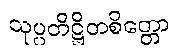
သုပ္ပတိဋ္ဌိတစိတ္တော